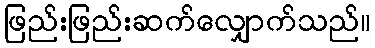
ဖြည်းဖြည်းဆက်လျှောက်သည်။